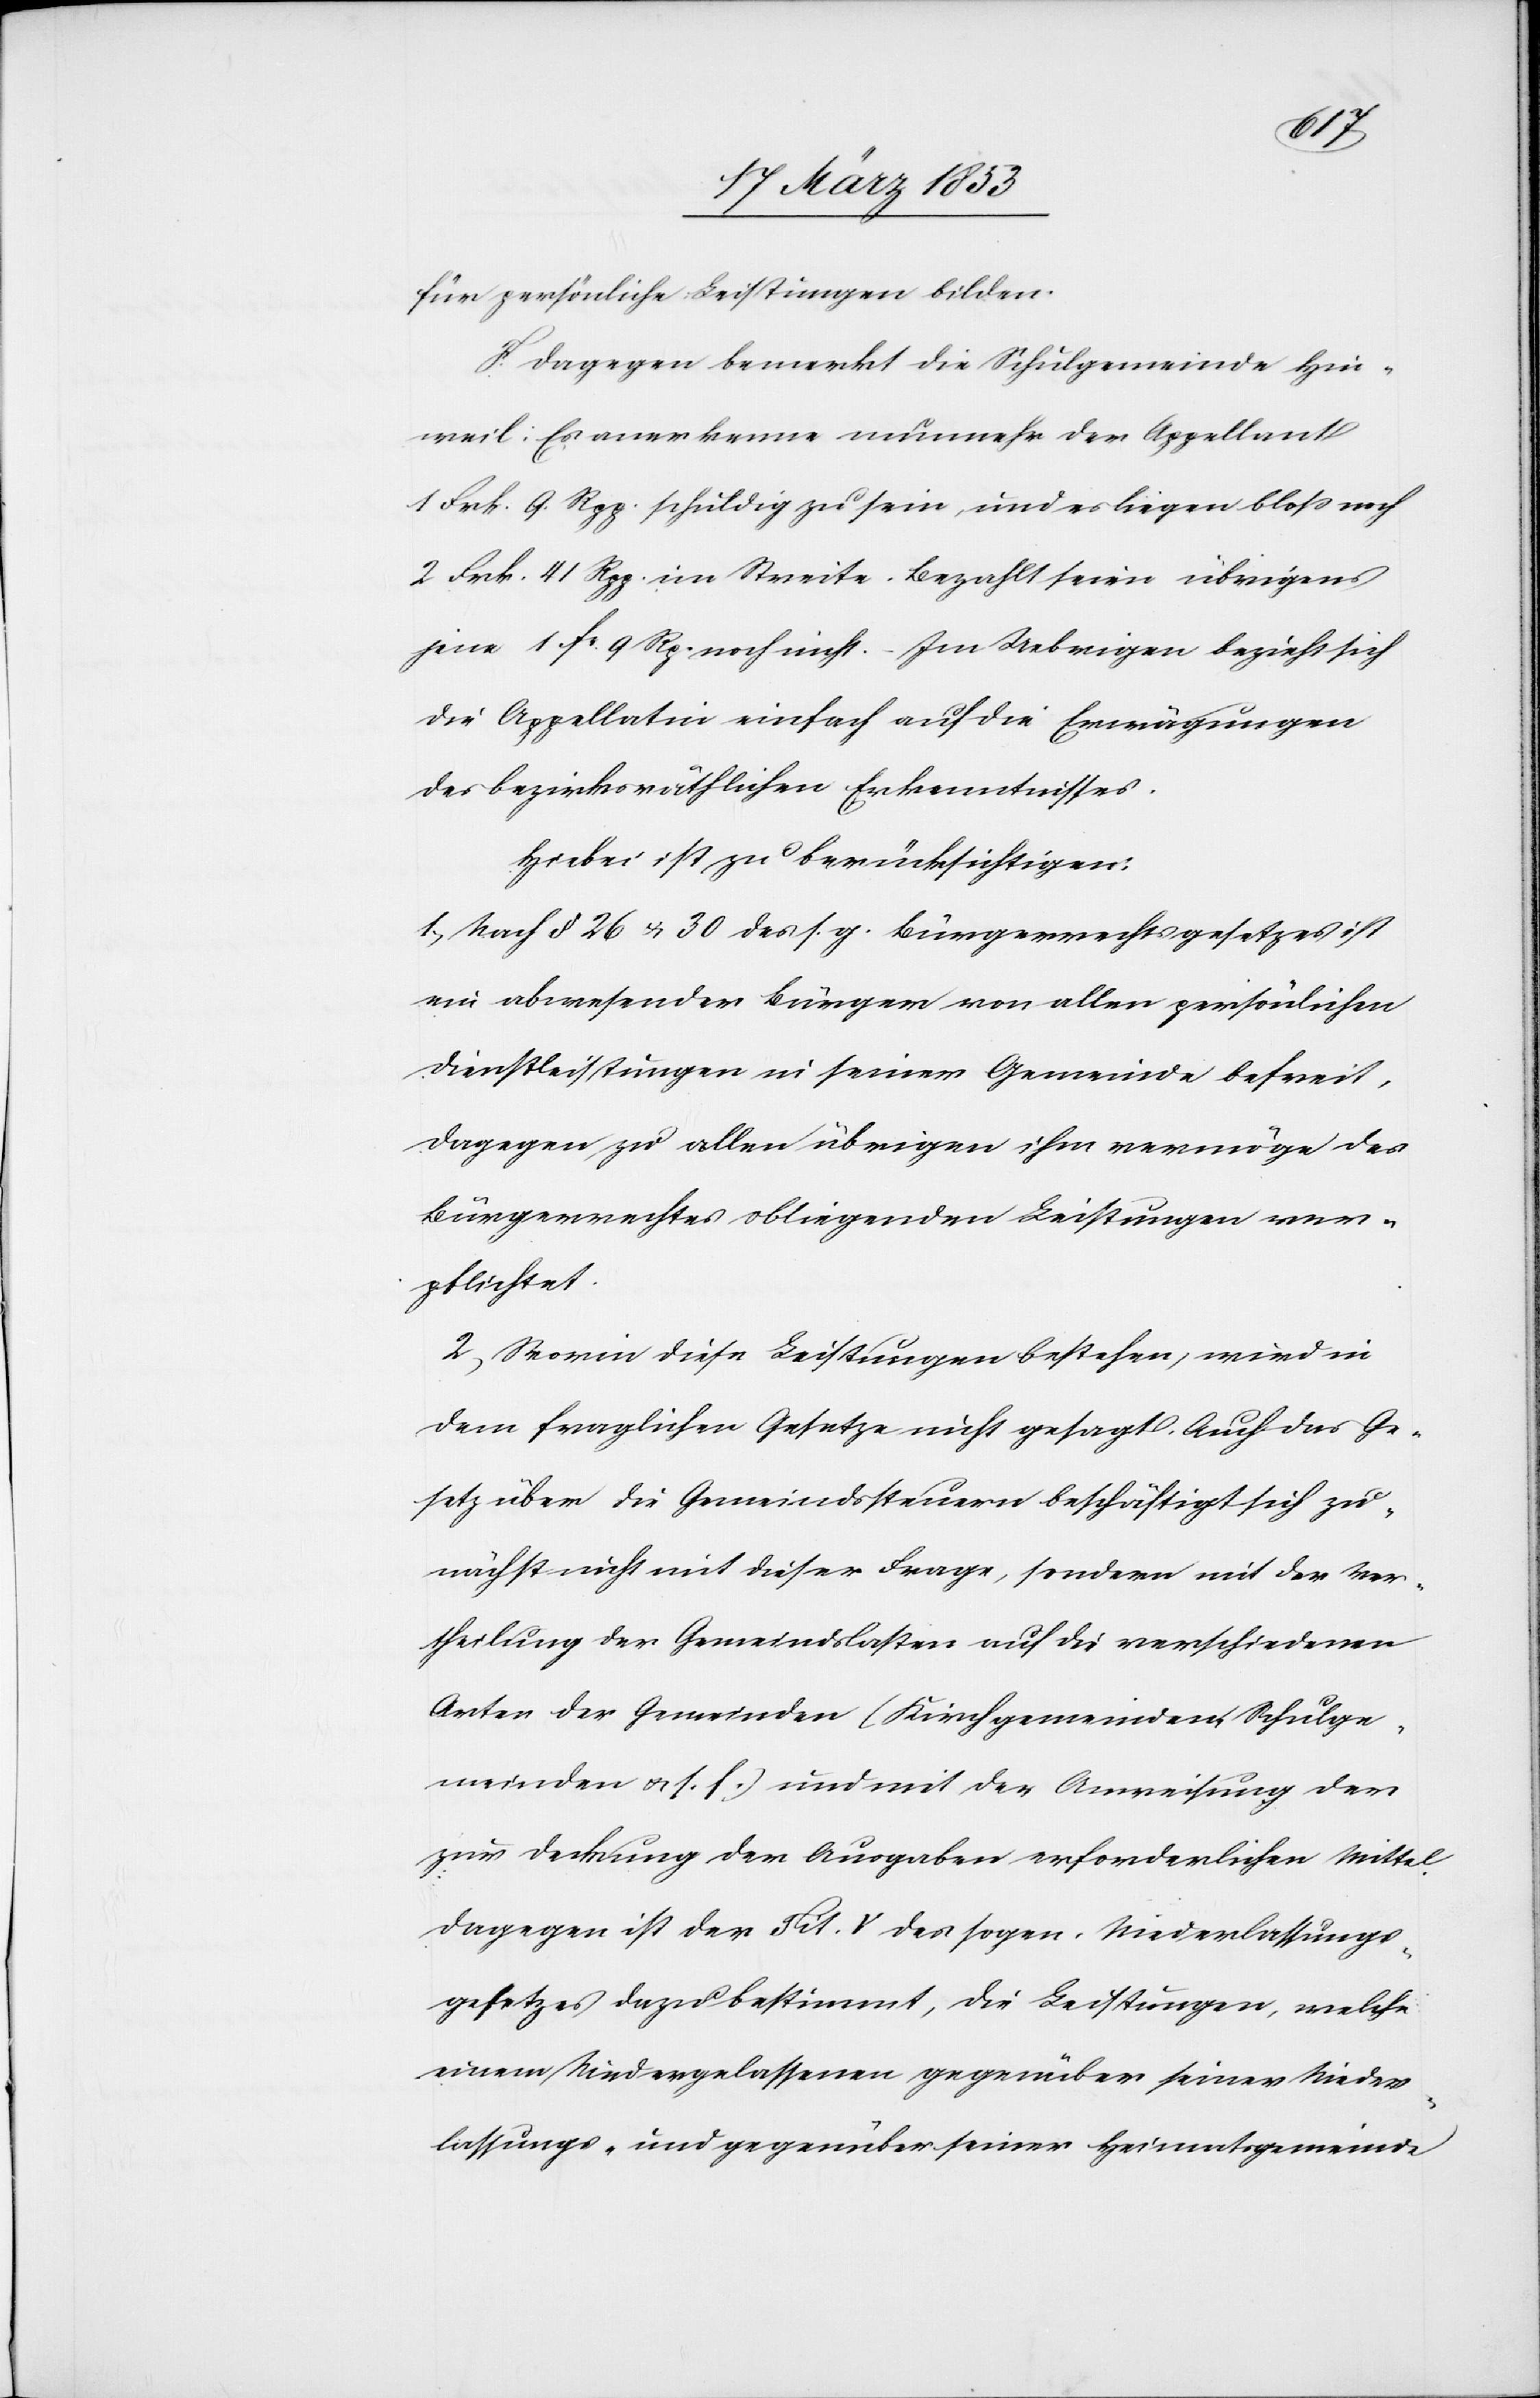
für persönliche Leistungen bilden.
F. Dagegen bemerkt die Schulgemeinde Hin¬
weil: Es anerkenne nunmehr der Appellant
1 Frk. 9. Rpp. schuldig zu sein, und es liegen bloß noch
2 Frk. 41 Rpp. im Streite. Bezahlt seien übrigens
jene 1 fr. 9 Rp. noch nicht. – Im Uebrigen bezieht sich
die Appellatin einfach auf die Erwägungen
des bezirksräthlichen Erkenntnisses.
Hiebei ist zu berücksichtigen:
1, Nach § 26 u. 30 des s. g. Bürgerrechtsgesetzes ist
ein abwesender Bürger von allen persönlichen
Dienstleistungen in seiner Gemeinde befreit,
dagegen zu allen übrigen ihm vermöge des
Bürgerrechtes obliegenden Leistungen ver¬
pflichtet.
2, Worin diese Leistungen bestehen, wird in
dem fraglichen Gesetze nicht gesagt. Auch das Ge¬
setz über die Gemeindssteuern beschäftigt sich zu¬
nächst nicht mit dieser Frage, sondern mit der Ver¬
theilung der Gemeindslasten auf die verschiedenen
Arten der Gemeinden (Kirchgemeinden, Schulge¬
meinden u. s. f.) und mit der Anweisung der
zur Deckung der Ausgaben erforderlichen Mittel
dagegen ist der Tit. V. des sogen. Niederlassungs¬
gesetzes dazu bestimmt, die Leistungen, welche
einem Niedergelassenen gegenüber seiner Nieder¬
lassungs- und gegenüber seiner Heimatgemeinde